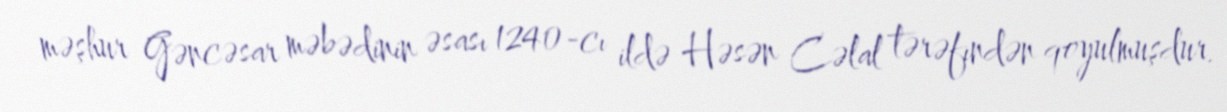
məşhur Gəncəsar məbədinin əsası 1240-cı ildə Həsən Cəlal tərəfındən qoyulmuşdur.